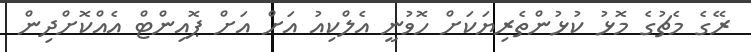
ރޭގެ މެޗުގެ މޮޅު ކުޅުންތެރިޔަކަށް ހޮވުނީ އެލްކިއު އަށް އަށް ޕޮއިންޓް އެއްކޮށްދިން